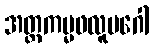
အတ္တကမ္မဖလူပဂေါ